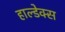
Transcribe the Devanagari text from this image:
हाल्डेक्स